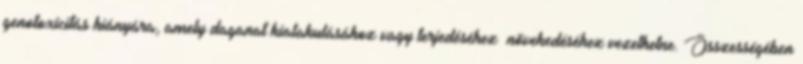
genotoxicitás hiányára, amely daganat kialakulásához vagy terjedéséhez növekedéséhez vezethetne. Összességében